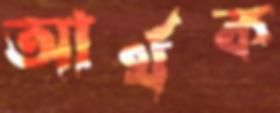
আর্থক